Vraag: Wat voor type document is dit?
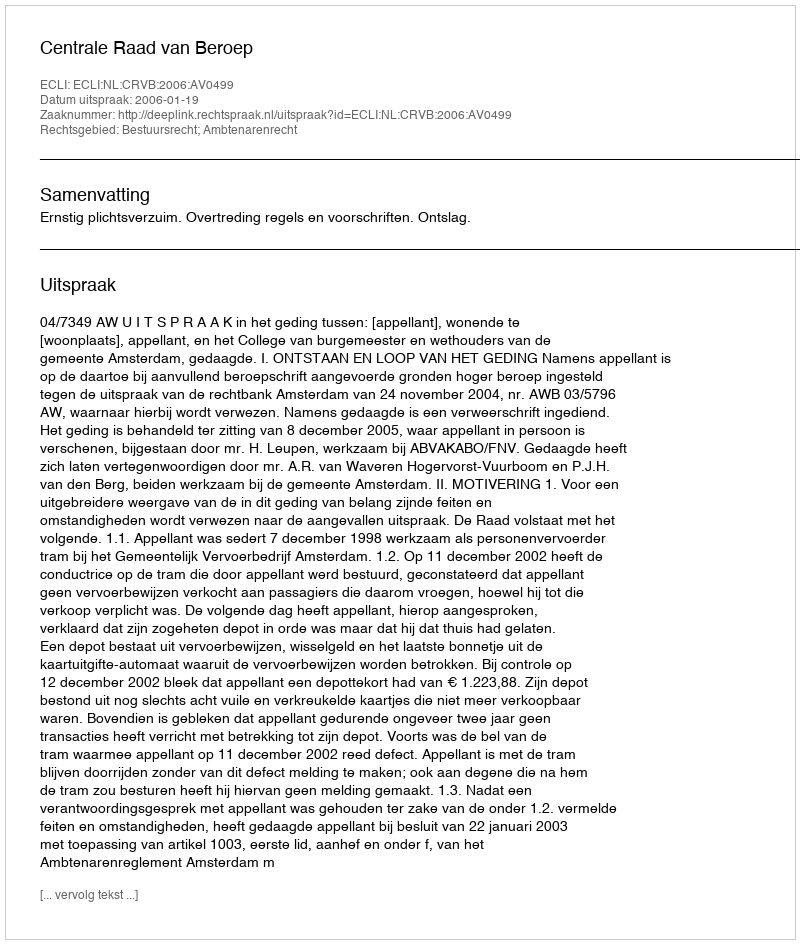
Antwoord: Uitspraak